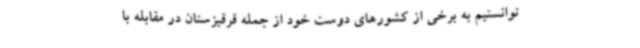
توانستیم به برخی از کشورهای دوست خود از جمله قرقیزستان در مقابله با